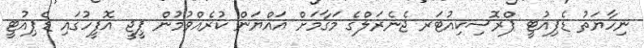
ނިހާޔަތު ޑެޕިއުޓީ ޕްރޮސިކިއުޓަރ ޖެނެރަލްގެ މަގާމަށް އައްޔަން ކުރެއްވުމުން ޕީޖީ އޮފީހުގައި ޑެޕިއުޓީ